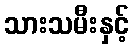
သားသမီးနှင့်